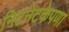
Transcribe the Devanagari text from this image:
निटनेटकेपणा